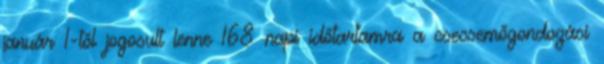
január 1-től jogosult lenne 168 napi időtartamra a csecsemőgondozási